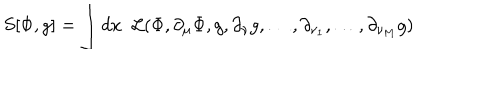
S [ \Phi , g ] = \int d x { \phantom { 0 } } { \cal L } ( \Phi , \partial _ { \mu } \Phi , g , \partial _ { \nu } g , \dots , \partial _ { \nu _ { 1 } } , \dots , \partial _ { \nu _ { M } } g )